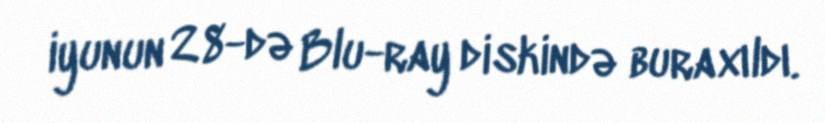
iyunun 28-də Blu-ray diskində buraxıldı.